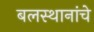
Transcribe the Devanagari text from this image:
बलस्थानांचे